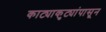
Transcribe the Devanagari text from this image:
काट्याकुट्यांपासून